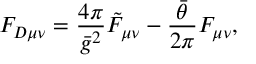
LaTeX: F _ { D \mu \nu } = \frac { 4 \pi } { \bar { g } ^ { 2 } } \tilde { F } _ { \mu \nu } - \frac { \bar { \theta } } { 2 \pi } F _ { \mu \nu } ,